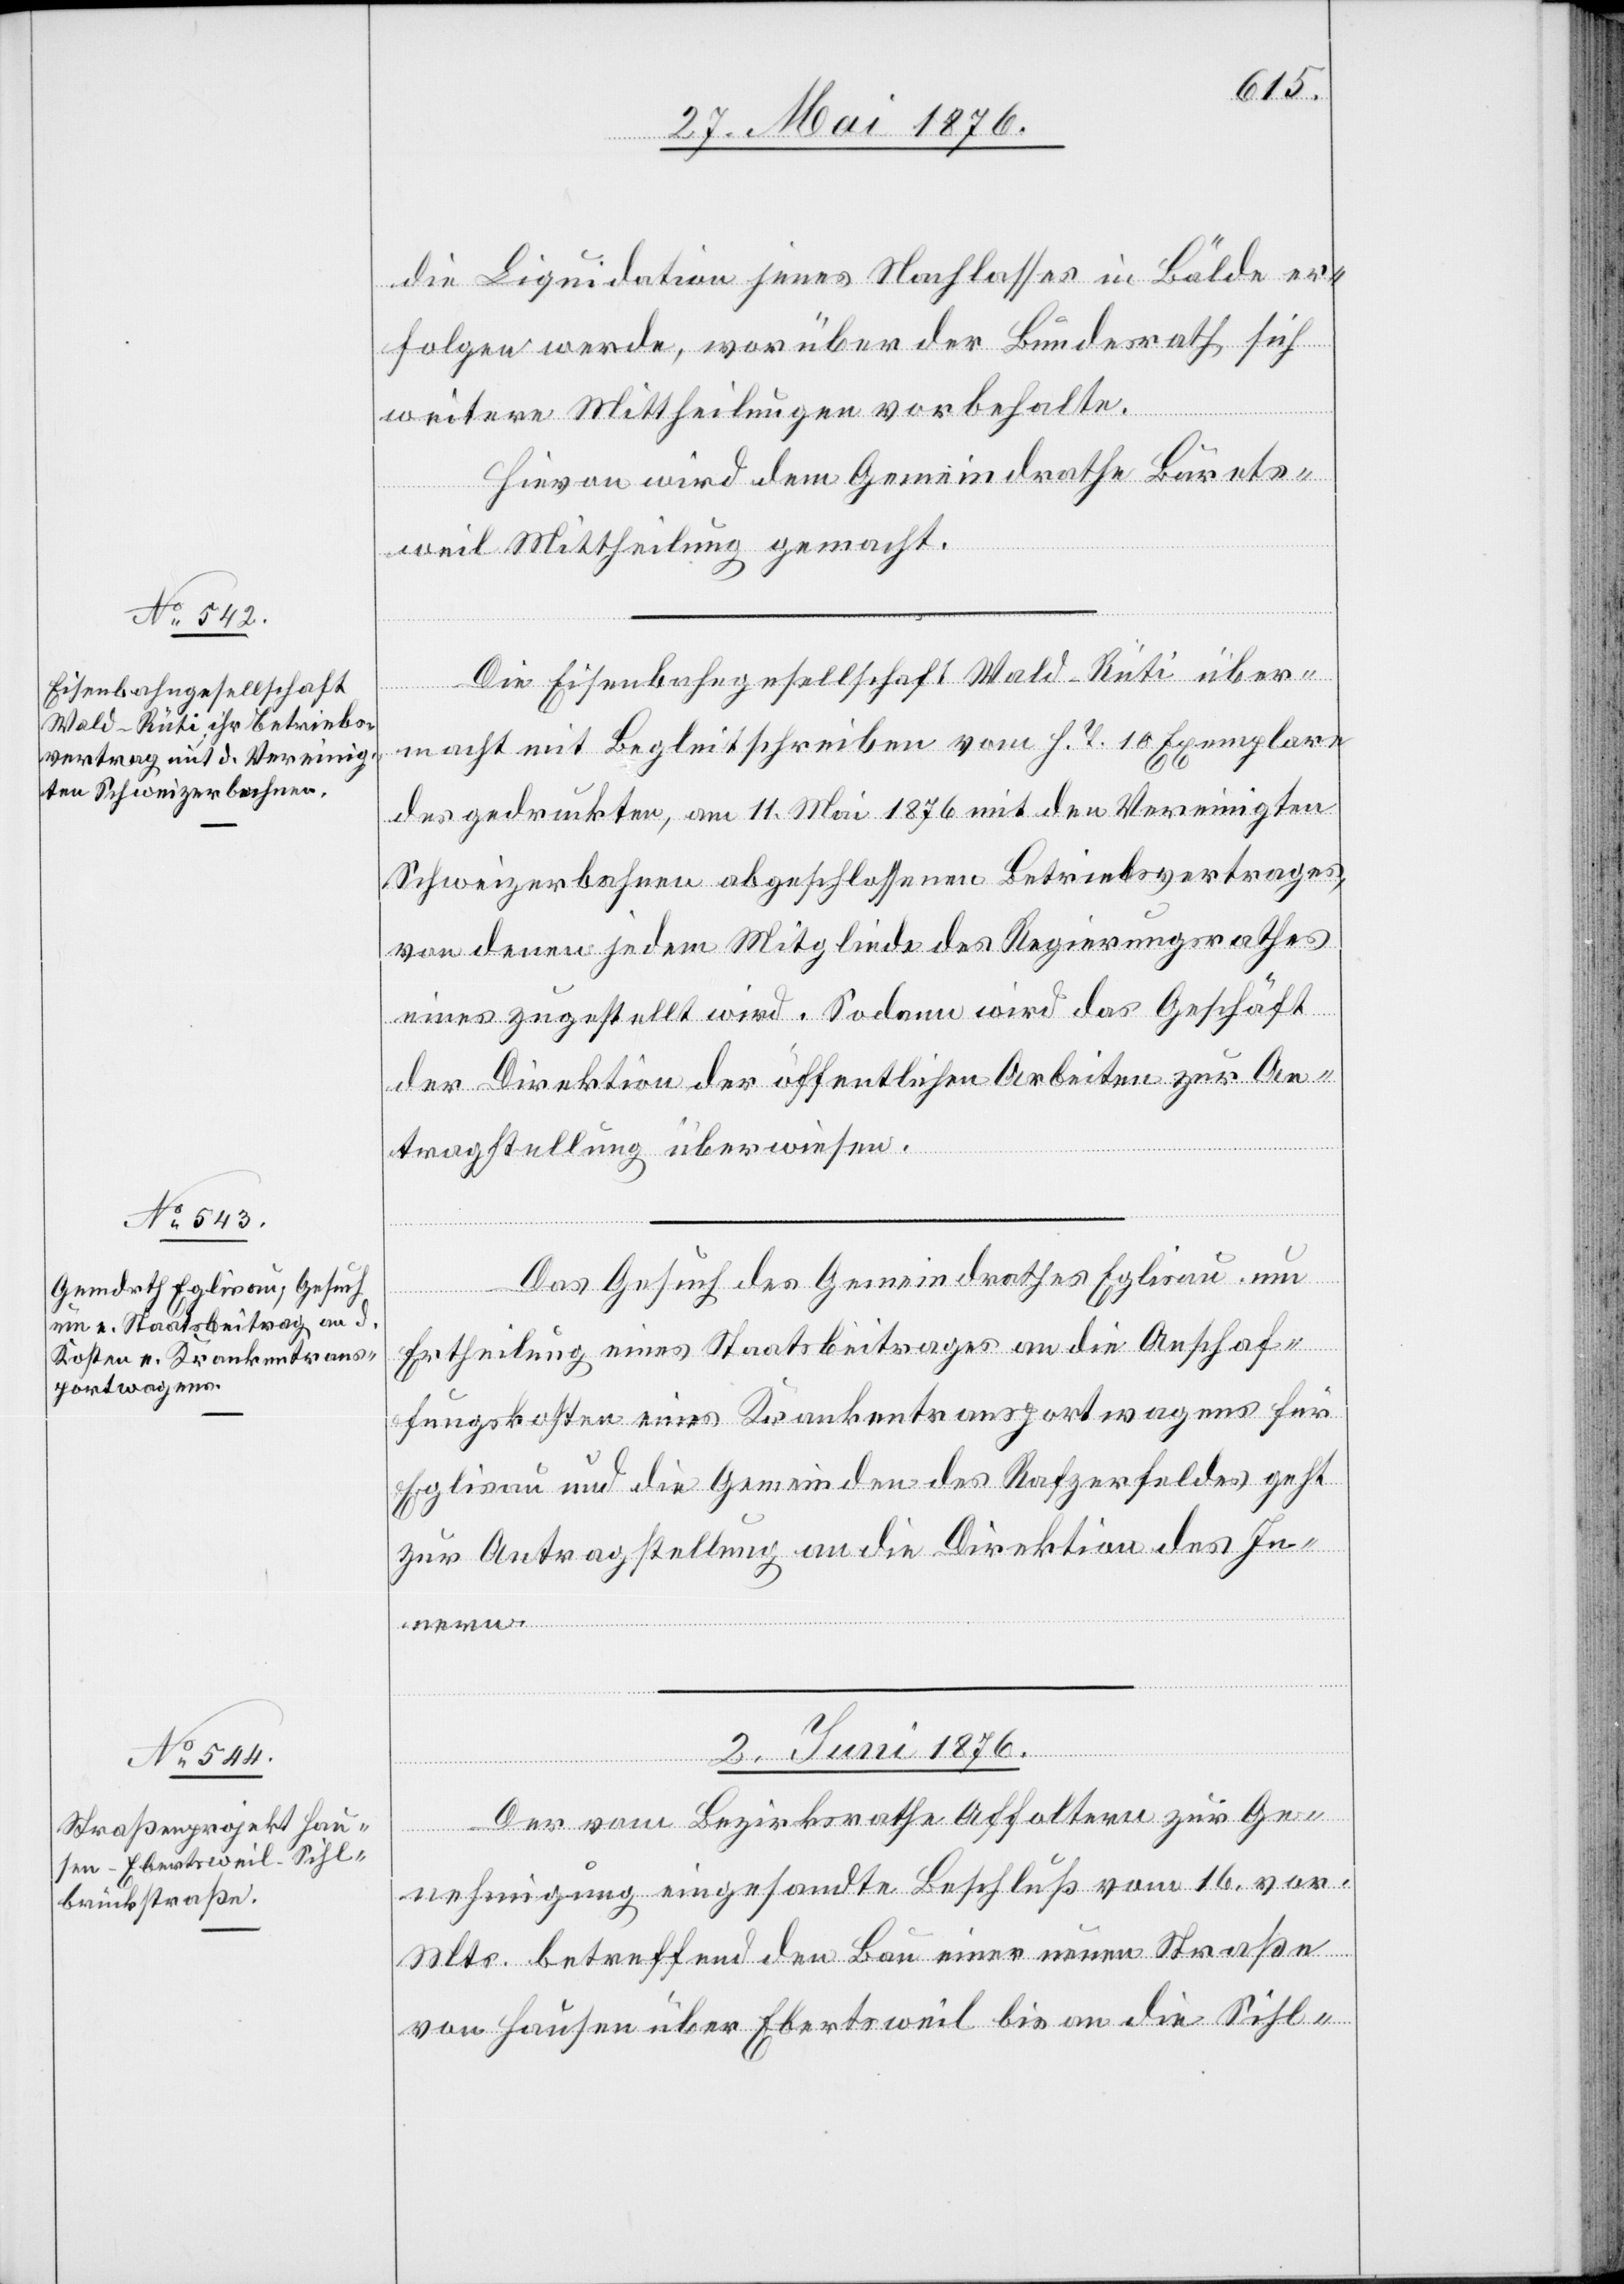
die Liquidation jenes Nachlasses in Bälde er¬
folgen werde, worüber der Bundesrath sich
weitere Mittheilungen vorbehalte.
Hievon wird dem Gemeindrathe Bärets¬
weil Mittheilung gemacht.
Die Eisenbahngesellschaft Wald–Rüti über¬
macht mit Begleitschrieben vom h. T. 10 Exemplare
des gedruckten, am 11. Mai 1876 mit den Vereinigten
Schweizerbahnen abgeschlossenen Betriebsvertrages,
von denen jedem Mitgliede des Regierungsrathes
eines zugestellt wird. Sodann wird das Geschäft
der Direktion der öffentlichen Arbeiten zur An¬
tragstellung überwiesen.
Das Gesuch des Gemeindrathes Eglisau um
Ertheilung eines Staatsbeitrages an die Anschaf¬
fungskosten eines Krankentransportwagens für
Eglisau und die Gemeinden des Rafzerfeldes geht
zur Antragstellung an die Direktion des In¬
2. Juni 1876.
Der vom Bezirksrathe Affoltern zur Ge¬
erfügungen]
nehmigung eingesandte Beschluß vom 16. vor.
Mts. betreffend den Bau einer neuen Straße
von Hausen über Ebertsweil bis an die Sihl-